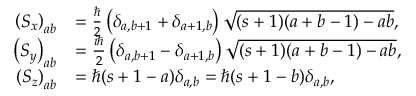
{ \begin{array} { r l } { \left( S _ { x } \right) _ { a b } } & { = { \frac { \hbar } { 2 } } \left( \delta _ { a , b + 1 } + \delta _ { a + 1 , b } \right) { \sqrt { ( s + 1 ) ( a + b - 1 ) - a b } } , } \\ { \left( S _ { y } \right) _ { a b } } & { = { \frac { i \hbar } { 2 } } \left( \delta _ { a , b + 1 } - \delta _ { a + 1 , b } \right) { \sqrt { ( s + 1 ) ( a + b - 1 ) - a b } } , } \\ { \left( S _ { z } \right) _ { a b } } & { = \hbar ( s + 1 - a ) \delta _ { a , b } = \hbar ( s + 1 - b ) \delta _ { a , b } , } \end{array} }